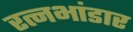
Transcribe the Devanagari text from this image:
रत्नभांडार